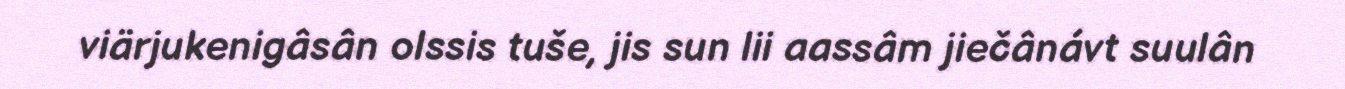
viärjukenigâsân olssis tuše, jis sun lii aassâm jiečânávt suulân